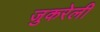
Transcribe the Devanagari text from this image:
जुकरेली